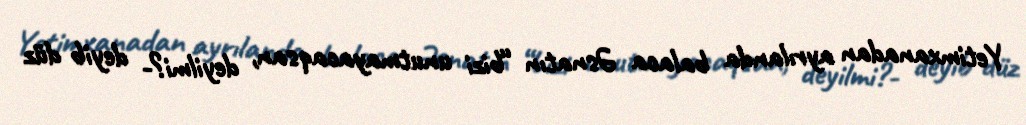
Yetimxanadan ayrılanda balaca Əsnatın “bizi unutmayacaqsan, deyilmi?- deyib düz